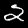
Digit: 2